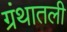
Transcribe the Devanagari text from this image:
ग्रंथातली